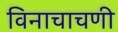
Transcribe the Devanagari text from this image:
विनाचाचणी